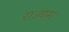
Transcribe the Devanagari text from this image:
राज्यम्